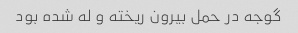
گوجه در حمل بیرون ریخته و له شده بود